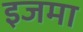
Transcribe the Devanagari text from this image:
इजमा